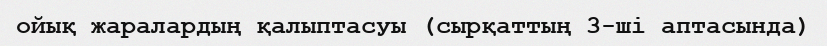
ойық жаралардың қалыптасуы (сырқаттың 3-ші аптасында)